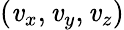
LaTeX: (\mathit{v}_{x},\mathit{v}_{y},\mathit{v}_{z})